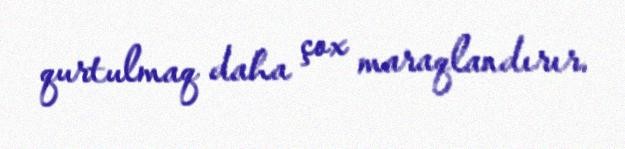
qurtulmaq daha çox maraqlandırır.